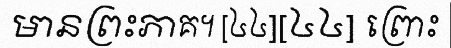
មានព្រះភាគ។ [៤៤][៤៤] ព្រោះ